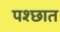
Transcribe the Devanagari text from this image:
पश्छात